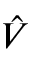
\hat { V }